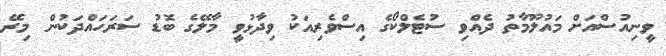
ވީނިއުސްއަށް މައުލޫމާތު ދެއްވި ސުޓެލްކޯގެ އިސްވެރިއަކު ވިދާޅުވީ މާލޭގެ ބޮޑު ސަރަހައްދަކުން މިރޭ